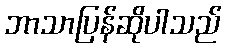
ဘာသာပြန်ဆိုပါသည်